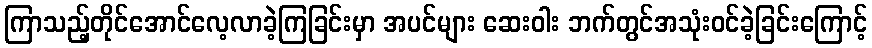
ကြာသည့်တိုင်အောင်လေ့လာခဲ့ကြခြင်းမှာ အပင်များ ဆေးဝါး ဘက်တွင်အသုံးဝင်ခဲ့ခြင်းကြောင့်